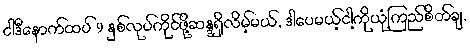
ငါဒီနောက်ထပ် 9 နှစ်လုပ်ကိုင်ဖို့ဆန္ဒရှိလိမ့်မယ်, ဒါပေမယ့်ငါ့ကိုယုံကြည်စိတ်ချ,